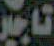
تاجير